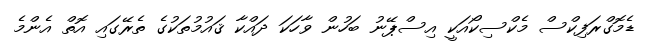
ޑެމޮގްރަފިކްސް މެކްސިކޯއަކީ އިސްޕޭނު ބަހުން ވާހަކަ ދައްކާ ޤައުމުތަކުގެ ތެރޭގައި އޮތް އެންމެ